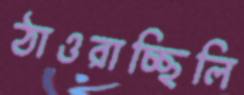
ঠাওরাচ্ছিলি